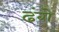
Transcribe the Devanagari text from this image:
ढंगे